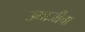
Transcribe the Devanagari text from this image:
उमाजीचा